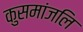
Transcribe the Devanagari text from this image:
कुसमांजलि